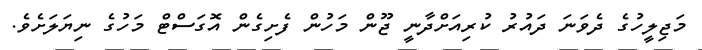
މަޖިލީހުގެ ދެވަނަ ދައުރު ކުރިއަށްދާނީ ޖޫން މަހުން ފެށިގެން އޮގަސްޓް މަހުގެ ނިޔަލަށެވެ.